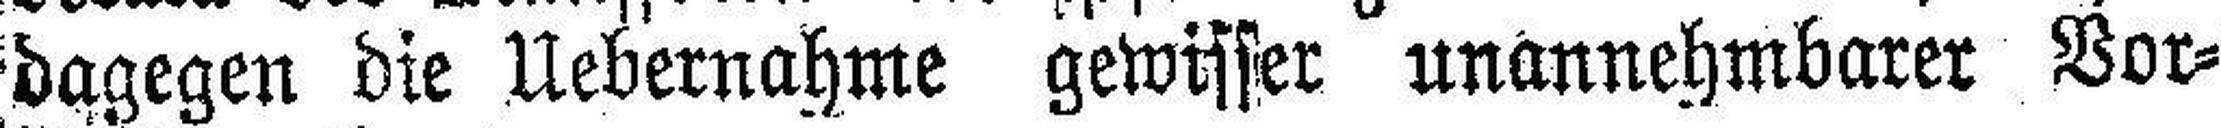
dagegen die Uebernahme gewisser unannehmbarer Vor¬